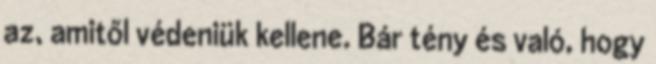
az, amitől védeniük kellene. Bár tény és való, hogy